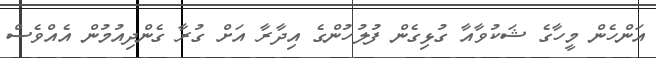
އަންހެން މީހާގެ ޝަކުވާއާ ގުޅިގެން ފުލުހުންގެ އިދާރާ އަށް ގުރާ ގެންދިއުމުން އެއްވެސް